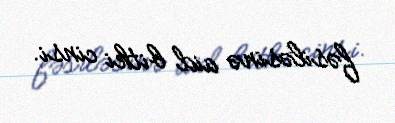
fəsiləsinə aid bitki cinsi.